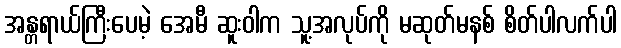
အန္တရာယ်ကြီးပေမဲ့ အေမီ ဆူးဝါက သူ့အလုပ်ကို မဆုတ်မနစ် စိတ်ပါလက်ပါ